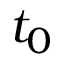
t _ { 0 }